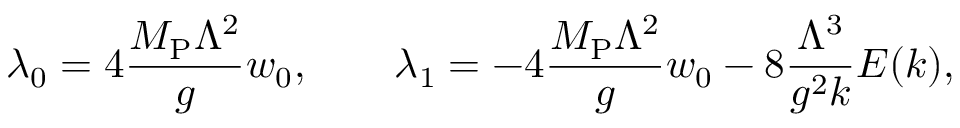
\lambda _ { 0 } = 4 { \frac { M _ { \mathrm { P } } \Lambda ^ { 2 } } { g } } w _ { 0 } , \qquad \lambda _ { 1 } = - 4 { \frac { M _ { \mathrm { P } } \Lambda ^ { 2 } } { g } } w _ { 0 } - 8 { \frac { \Lambda ^ { 3 } } { g ^ { 2 } k } } E ( k ) ,